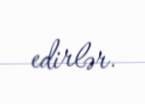
edirlər.